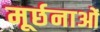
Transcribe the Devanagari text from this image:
मूर्छनाओं